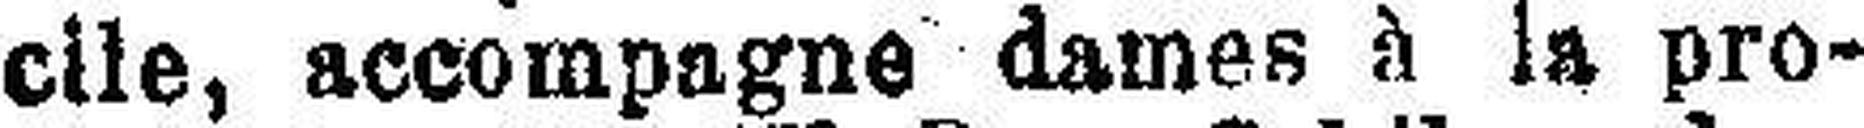
cile, accompagne dames à la pro¬